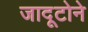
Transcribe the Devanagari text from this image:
जादूटोने